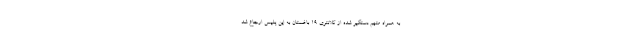
به همراه متهم دستگیر شده از کلانتری ۱۹ باغستان به این پلیس ارجاع شد.